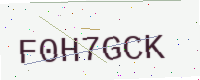
Text: F0H7GCK